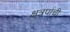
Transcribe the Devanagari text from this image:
क्षत्रपांची